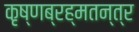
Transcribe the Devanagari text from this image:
कृष्णब्रह्मतन्त्र